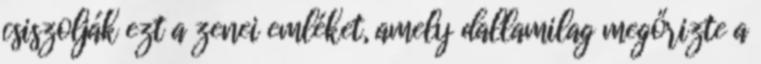
csiszolják ezt a zenei emléket, amely dallamilag megőrizte a